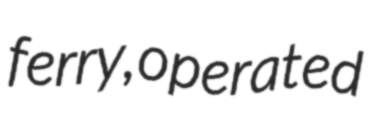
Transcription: ferry, operated